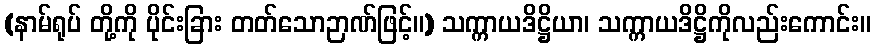
(နာမ်ရုပ် တို့ကို ပိုင်းခြား တတ်သောဉာဏ်ဖြင့်။) သက္ကာယဒိဋ္ဌိယာ၊ သက္ကာယဒိဋ္ဌိကိုလည်းကောင်း။